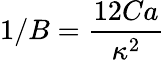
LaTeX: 1/B=\frac{12Ca}{\kappa^{2}}